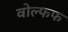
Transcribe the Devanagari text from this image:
वोल्फफ